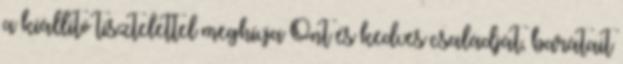
a kiállító tisztelettel meghívja Önt és kedves családját, barátait